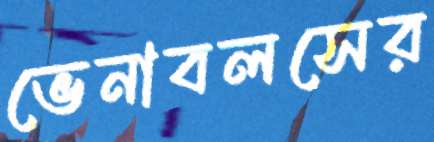
ভেনাবলসের